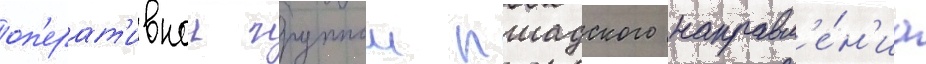
оп'ерат'ивнои группои пшадского направл'е́н'иа